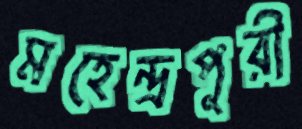
মহেন্দ্রপুরী